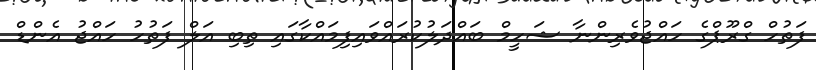
ފަތުހް ގްރޫޕްގެ ހައްޖުވެރިންނާ ޝަހީމް ބައްދަލުކުރައްވައިފިމައްކާގައި ތިބި އަލް ފަތުހު ހައްޖު އެންޑް